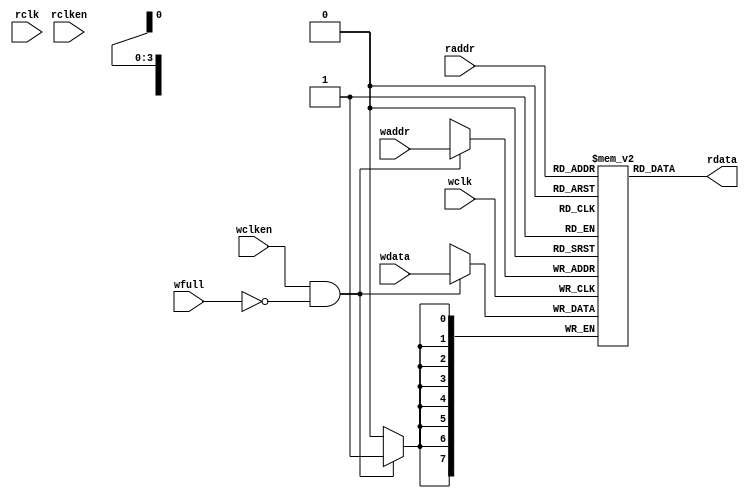
// distributed under the mit license
// https://opensource.org/licenses/mit-license.php

`timescale 1 ns / 1 ps
`default_nettype none

module fifomem

    #(
        parameter  DATASIZE = 8,    // Memory data word width
        parameter  ADDRSIZE = 4,    // Number of mem address bits
        parameter  FALLTHROUGH = "TRUE" // First word fall-through
    ) (
        input  wire                wclk,
        input  wire                wclken,
        input  wire [ADDRSIZE-1:0] waddr,
        input  wire [DATASIZE-1:0] wdata,
        input  wire                wfull,
        input  wire                rclk,
        input  wire                rclken,
        input  wire [ADDRSIZE-1:0] raddr,
        output wire [DATASIZE-1:0] rdata
    );

    localparam DEPTH = 1<<ADDRSIZE;

    reg [DATASIZE-1:0] mem [0:DEPTH-1];
    reg [DATASIZE-1:0] rdata_r;

    always @(posedge wclk) begin
        if (wclken && !wfull)
            mem[waddr] <= wdata;
    end

    generate
        if (FALLTHROUGH == "TRUE")
        begin : fallthrough
            assign rdata = mem[raddr];
        end
        else
        begin : registered_read
            always @(posedge rclk) begin
                if (rclken)
                    rdata_r <= mem[raddr];
            end
            assign rdata = rdata_r;
        end
    endgenerate

endmodule

`resetall